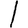
Digit: 1